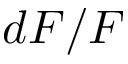
d F / F